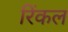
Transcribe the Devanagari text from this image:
रिंकल